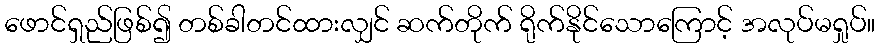
ဖောင်ရှည်ဖြစ်၍ တစ်ခါတင်ထားလျှင် ဆက်တိုက် ရိုက်နိုင်သောကြောင့် အလုပ်မရှုပ်။